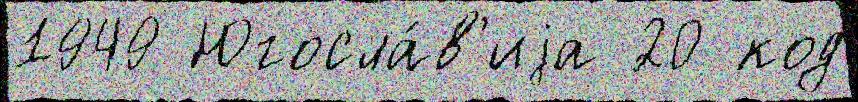
1949 Югосла́в'иjа 20 код